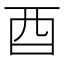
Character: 酉